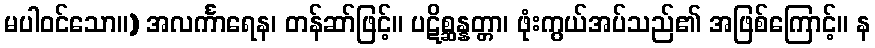
မပါဝင်သော။) အလင်္ကာရေန၊ တန်ဆာ်ဖြင့်။ ပဋိစ္ဆန္နတ္တာ၊ ဖုံးကွယ်အပ်သည်၏ အဖြစ်ကြောင့်။ န